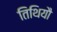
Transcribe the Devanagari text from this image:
तिथियौ